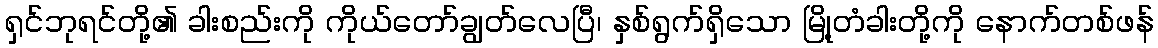
ရှင်ဘုရင်တို့၏ ခါးစည်းကို ကိုယ်တော်ချွတ်လေပြီ၊ နှစ်ရွက်ရှိသော မြို့တံခါးတို့ကို နောက်တစ်ဖန်